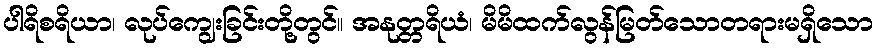
ပါရိစရိယာ၊ လုပ်ကျွေးခြင်းတို့တွင်။ အနုတ္တရိယံ၊ မိမိထက်လွန်မြတ်သောတရားမရှိသော